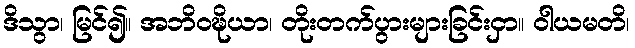
ဒိသွာ၊ မြင်၍။ အဘိဝဍ္ဎိယာ၊ တိုးတက်ပွားများခြင်းငှာ။ ဝါယမတိ၊